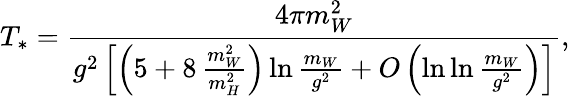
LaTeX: T_{*}=\frac{4\pi m_{W}^{2}}{g^{2}\left[\left(5+8\, \frac{m_{W}^{2}}{m_{H}^{2}}\right)\ln\frac{m_{W}}{g^{2}}+O\left(\ln\ln\frac{m_{W}}{g^{2}}\right)\right]},